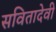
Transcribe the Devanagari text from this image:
सवितादेवी